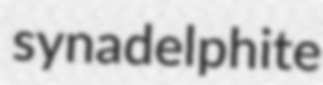
synadelphite